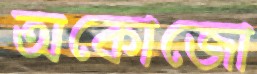
অকোজো